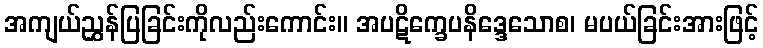
အကျယ်ညွှန်ပြခြင်းကိုလည်းကောင်း။ အပဋိက္ခေပနိဒ္ဒေသောစ၊ မပယ်ခြင်းအားဖြင့်